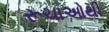
રૂચાઓથી